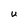
Character: U